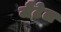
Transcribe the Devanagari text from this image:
जैंटेल